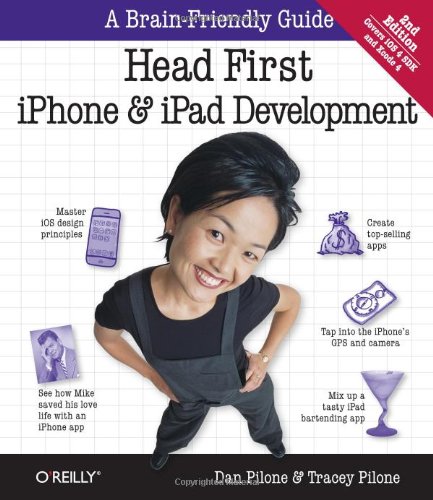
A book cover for Head First iPhone and iPad Development: A Learner's Guide to Creating Objective-C Applications for the iPhone and iPad; Dan Pilone; Computers & Technology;